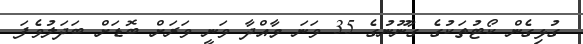
ގުޅިގެން ކޯޓުތަކުގެ ގާނޫނުގެ 35 ވަނަ މާއްދާ ވަނީ ވަރަށް ބޮޑަށް ބަދަލުވެފަ